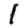
Digit: 1